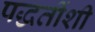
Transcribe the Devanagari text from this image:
पद्धतींशी